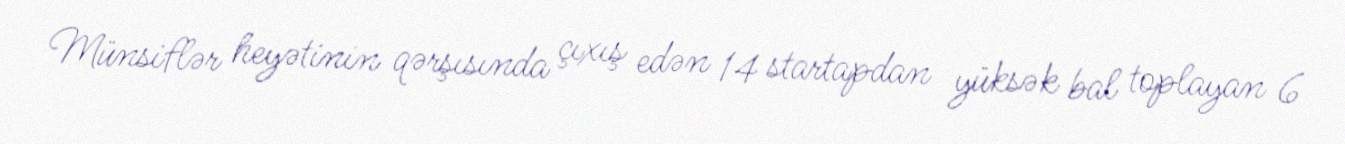
Münsiflər heyətinin qərşısında çıxış edən 14 startapdan yüksək bal toplayan 6